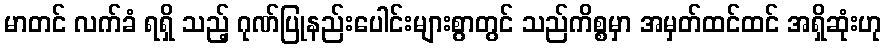
မာတင် လက်ခံ ရရှိ သည့် ဂုဏ်ပြုနည်းပေါင်းများစွာတွင် သည်ကိစ္စမှာ အမှတ်ထင်ထင် အရှိဆုံးဟု